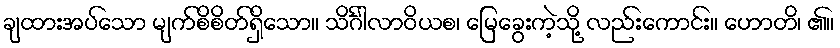
ချထားအပ်သော မျက်စိစိတ်ရှိသော။ သိင်္ဂါလာဝိယစ၊ မြေခွေးကဲ့သို့ လည်းကောင်း။ ဟောတိ၊ ၏။